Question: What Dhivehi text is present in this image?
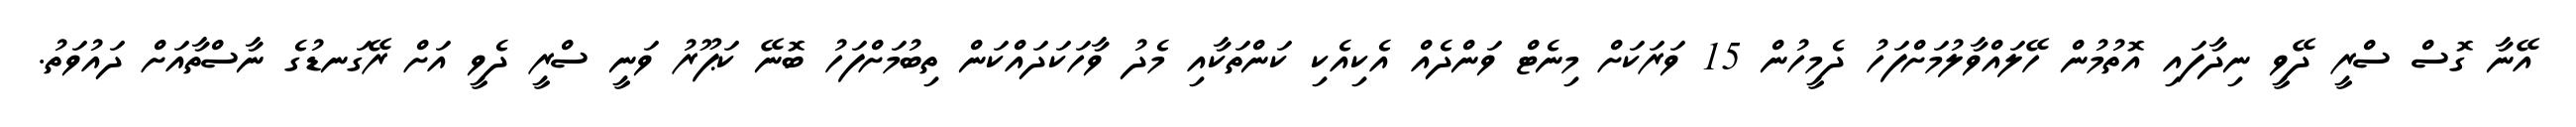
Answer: އޭނާ ގޮސް ސްރީ ދޭވީ ނިދާފައި އޮތުމުން ހޭލައްވާލުމަށްފަހު ދެމީހުން 15 ވަރަކަށް މިނެޓް ވަންދެއް އެކިއެކި ކަންތަކާއި މެދު ވާހަކަދައްކަން ތިބުމަށްފަހު ބޮނޭ ކަޕޫރު ވަނީ ސްރީ ދެވީ އަށް ރޭގަނޑުގެ ނާސްތާއަށް ދައުވަތު.